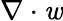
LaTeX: \nabla\cdot\mathit{w}